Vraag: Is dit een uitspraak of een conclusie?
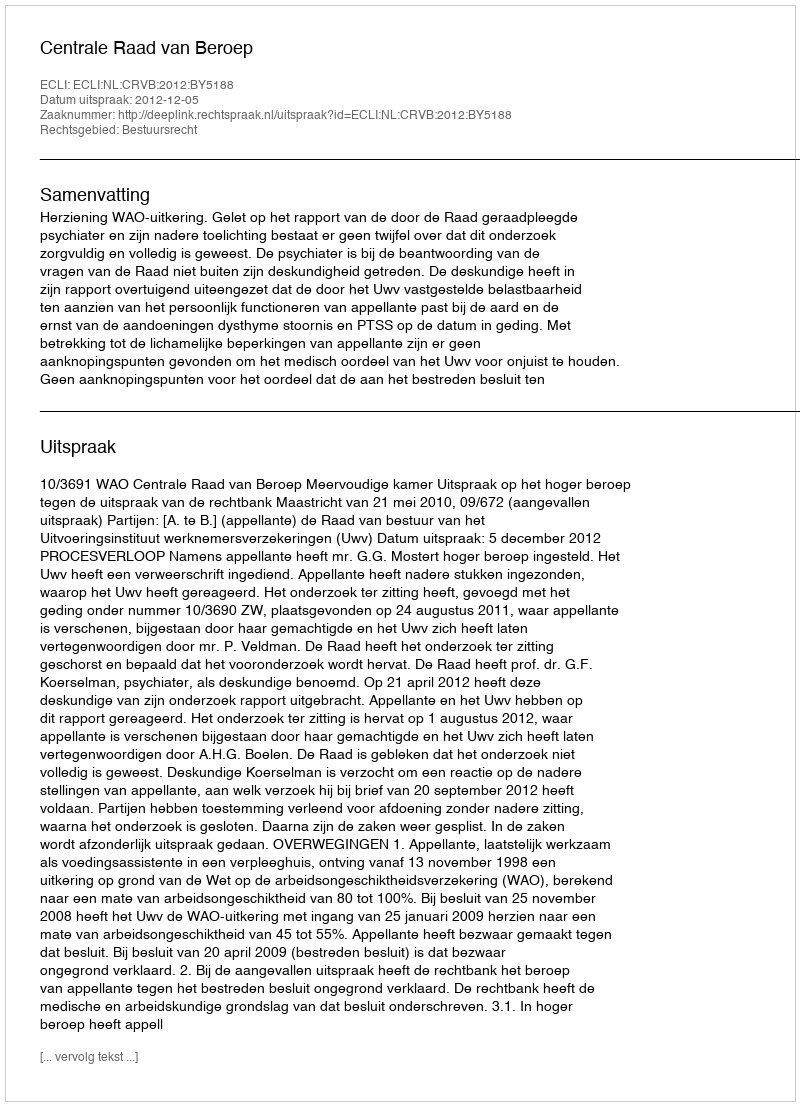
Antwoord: Uitspraak